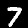
Digit: 7